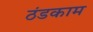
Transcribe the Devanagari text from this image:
ठंडकाम